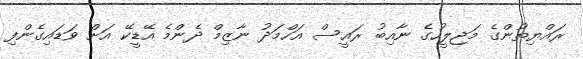
ރައްޔިތުންގެ މަޖިލީހުގެ ނާއިބު ރައީސް އަހްމަދު ނާޒިމް ދެންމެ އޭޑީކޭ އަށް ވަޑައިގެންފި